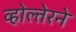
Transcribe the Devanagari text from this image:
व्होल्तेरने